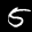
Label: 5